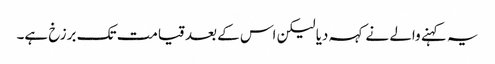
یہ کہنے والے نے کہہ دیا لیکن اس کے بعد قیامت تک برزخ ہے۔